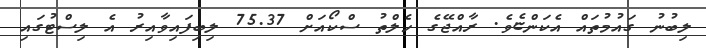
ލިބުނު ގައުމުތައް އެކަންޏެވެ. ރާއްޖޭގެ ހެލްތު ސްކޯއަށް 75.37 ލިބިފައިވާއިރު އެ ލިސްޓުގައި